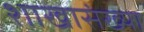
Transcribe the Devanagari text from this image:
शाखासंख्या